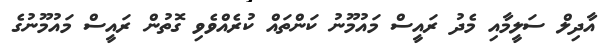
އާދިލް ސަލީމާއި މެދު ރައީސް މައުމޫނު ކަންތައް ކުރެއްވެވި ގޮތުން ރައީސް މައުމޫނުގެ